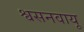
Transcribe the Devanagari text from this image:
श्वसनवायू